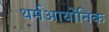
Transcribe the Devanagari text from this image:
थर्मआयोनिक